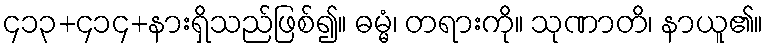
၄၁၃+၄၁၄+နားရှိသည်ဖြစ်၍။ ဓမ္မံ၊ တရားကို။ သုဏာတိ၊ နာယူ၏။